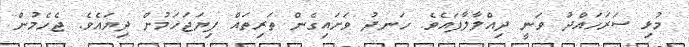
މުޅި ސަރަހައްދު ވަނީ ދިއްލާލާފައެވެ. ހަނދު ވަށައިގެން ތަރިތައް ފިޔަޖަހަމުން ދިޔައެވެ. ޖެހެމުން